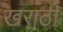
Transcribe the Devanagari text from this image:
खराठी